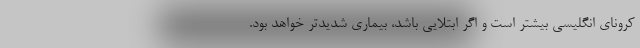
کرونای انگلیسی بیشتر است و اگر ابتلایی باشد، بیماری شدیدتر خواهد بود.